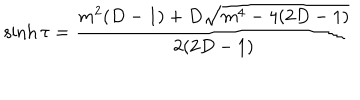
LaTeX: \sinh \tau = \frac { m ^ { 2 } ( D - 1 ) + D \sqrt { m ^ { 4 } - 4 ( 2 D - 1 ) } } { 2 ( 2 D - 1 ) }